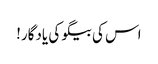
اس کی بیگو کی یادگار!